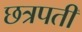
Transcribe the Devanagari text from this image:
छत्रपतीं